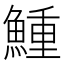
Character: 䱰